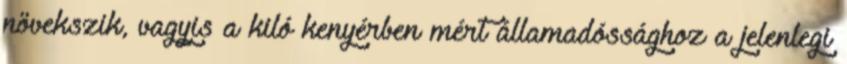
növekszik, vagyis a kiló kenyérben mért államadóssághoz a jelenlegi